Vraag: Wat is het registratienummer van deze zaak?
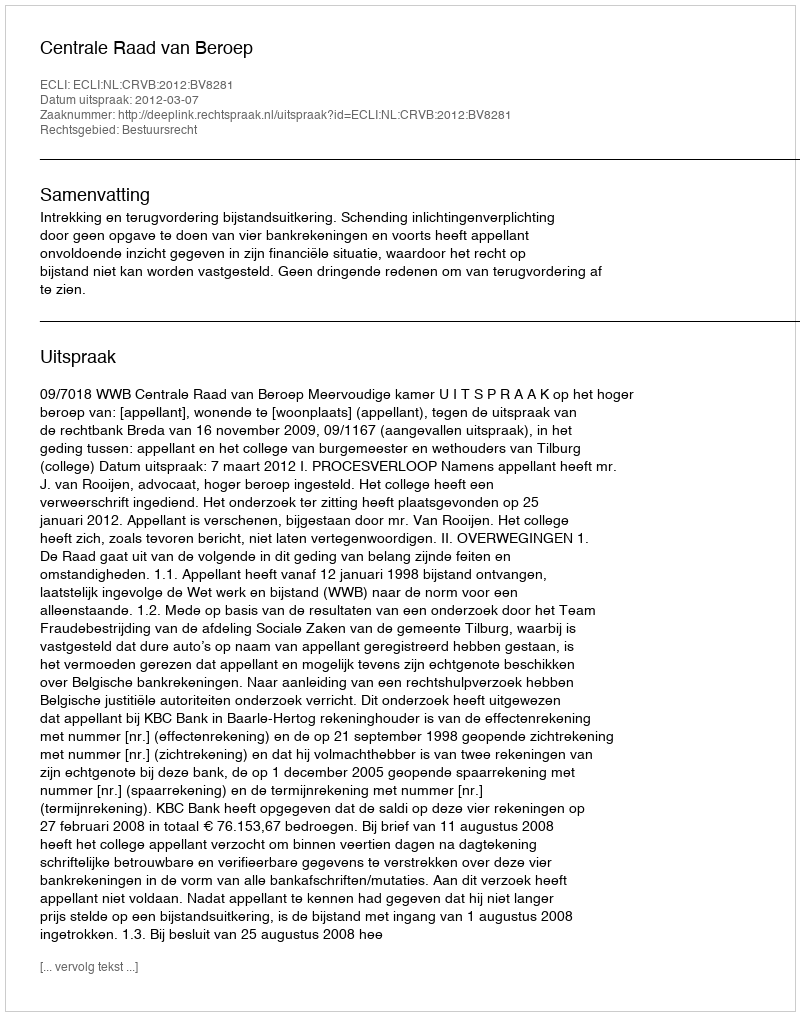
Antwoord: http://deeplink.rechtspraak.nl/uitspraak?id=ECLI:NL:CRVB:2012:BV8281